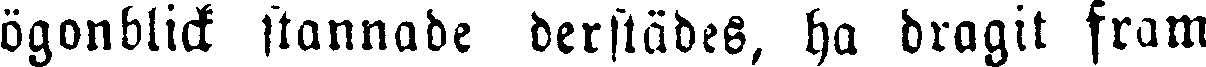
ögonblick stannade derstädes, ha dragit fram